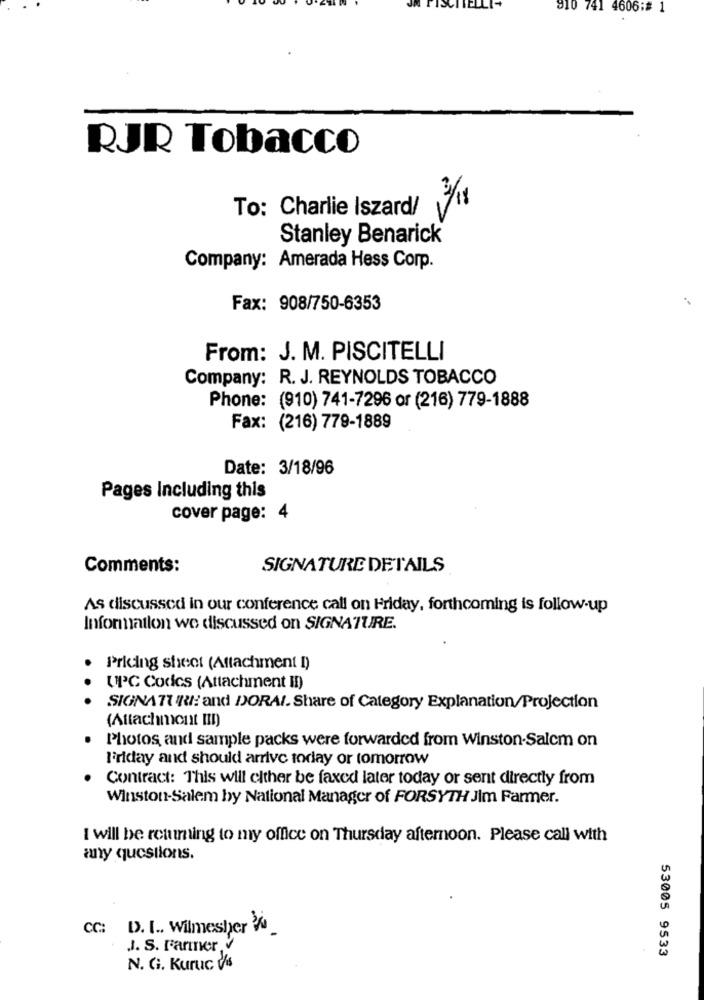
910 741 4606: 1
RJR Tobacco
3/18
To: Charlie Iszard/
Stanley Benarick
Company: Amerada Hess Corp.
Fax: 908/750-6353
From: J. M. PISCITELLI
Company: R. J. REYNOLDS TOBACCO
Phone: (910) 741-7296 or (216) 779-1888
Fax: (216) 779-1889
Date: 3/18/96
Pages Including this
cover page: 4
Comments:
SIGNATURE DETAILS
As discussed in our conference call on Friday, forthcoming is follow-up
Information we discussed on SIGNATURE.
Pricing sheet (Attachment I)
UPC Codes (Attachment II)
SIGNATURI: and DORAI. Share of Category Explanation/Projection
(Attachment III)
Photos and sample packs were forwarded from Winston-Salem on
Friday and should arrive today or tomorrow
Contract: This will either be faxed later today or sent directly from
Winston-Salem by National Manager of FORSYTH Jim Farmer.
I will be returning to my office on Thursday afternoon. Please call with
any questions.
CC: D. I .. Wilmesher _
.J. S. Farmer V
53005 9533
N. G. Kuruc vis